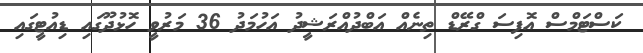
ކަސްޓަމްސް އޮފިސަ ގްރޭޑް ތިނެއް އަބްދުއްރަޝީދު އަހުމަދު 36 މަރުވީ ހޮޅުދޫގައި ޑިއުޓީގައި